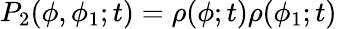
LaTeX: P_{2}(\phi,\phi_{1};t)=\rho(\phi;t)\rho(\phi_{1};t)